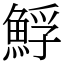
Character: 䱐